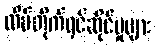
ထိပ်တိုက်ရင်ဆိုင်မှုများ